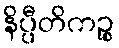
နိပ္ပီတိကဉ္စ